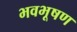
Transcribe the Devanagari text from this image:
भवभूषण